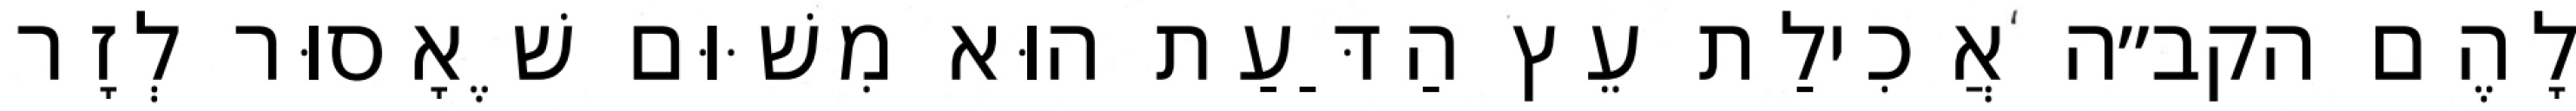
לָהֶם הקב״ה אֲכִילַת עֵץ הַדַּעַת הוּא מִשּׁוּם שֶׁאָסוּר לְזָר